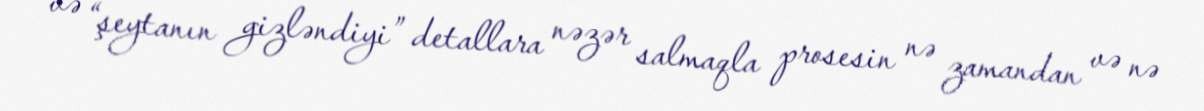
və “şeytanın gizləndiyi” detallara nəzər salmaqla prosesin nə zamandan və nə